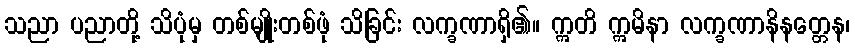
သညာ ပညာတို့ သိပုံမှ တစ်မျိုးတစ်ဖုံ သိခြင်း လက္ခဏာရှိ၏။ ဣတိ ဣမိနာ လက္ခဏာနိနတ္တေန၊